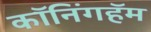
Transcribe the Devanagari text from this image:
कॉनिंगहॅम